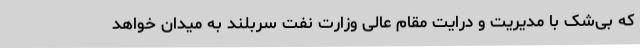
که بی‌شک با مدیریت و درایت مقام عالی وزارت نفت سربلند به میدان خواهد